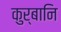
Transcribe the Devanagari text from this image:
कुर्बानि